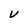
Character: V